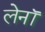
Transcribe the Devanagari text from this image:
लेनॉ